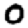
Digit: 0